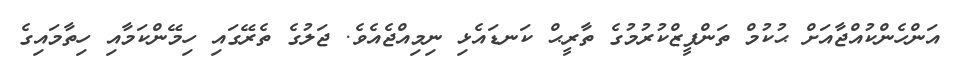
އަންހެންކުއްޖާއަށް ޙުކުމް ތަންފީޒްކުރުމުގެ ތާރީޙް ކަނޑައެޅި ނިމިއްޖެއެވެ. ޖަލުގެ ތެރޭގައި ހިމޭންކަމާއި ހިތާމައިގެ